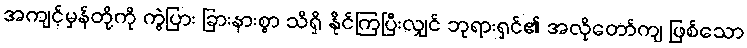
အကျင့်မှန်တို့ကို ကွဲပြား ခြားနားစွာ သိရှိ နိုင်ကြပြီးလျှင် ဘုရားရှင်၏ အလိုတော်ကျ ဖြစ်သော